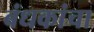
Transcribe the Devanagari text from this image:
बंधकांचा